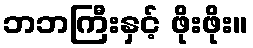
ဘဘကြီးနှင့် ဖိုးဖိုး။